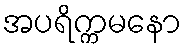
အပရိက္ကမနော